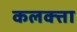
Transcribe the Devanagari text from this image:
कलक्‍त्ता